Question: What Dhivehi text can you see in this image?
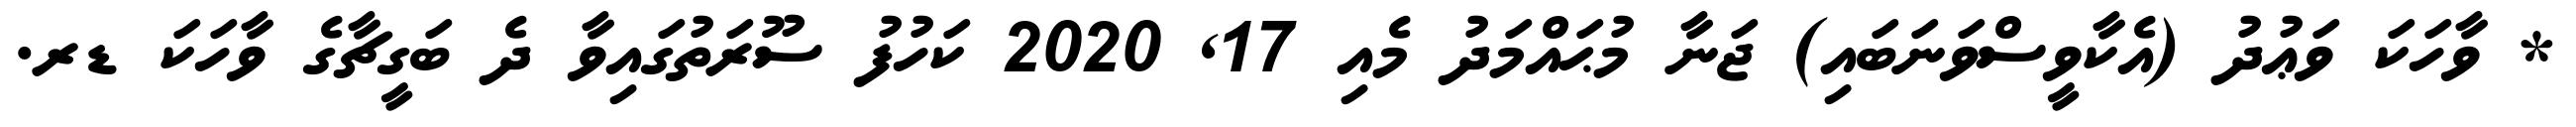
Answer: * ވާހަކަ ވަޢުދު (އެކާވީސްވަނަބައި) ޖަނާ މުޙައްމަދު މެއި 17, 2020 ކަހުފު ސޫރަތުގައިވާ ދެ ބަގީޗާގެ ވާހަކަ ޑރ.